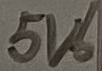
Text: 5V6